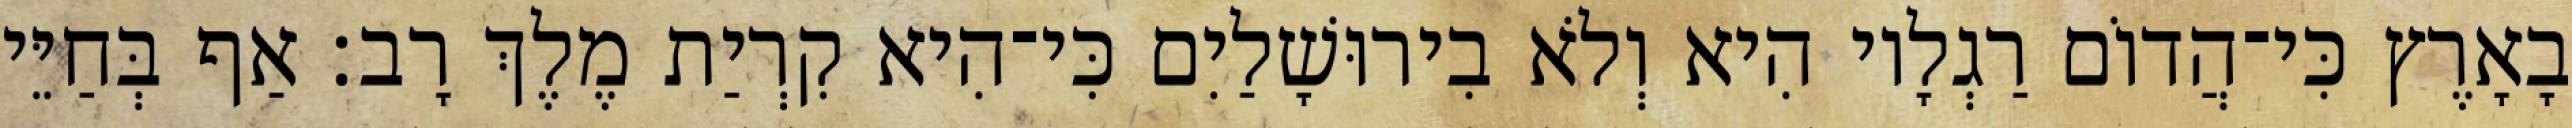
בָאָרֶץ כִּי־הֲדוֹם רַגְלָיו הִיא וְלֹא בִירוּשָׁלַיִם כִּי־הִיא קִרְיַת מֶלֶךְ רָב׃ אַף בְּחַיֵּי